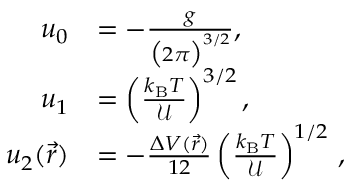
\begin{array} { r l } { u _ { 0 } } & { = - \frac { g } { \big ( 2 \pi \big ) ^ { 3 / 2 } } , } \\ { u _ { 1 } } & { = \left( \frac { k _ { \mathrm { B } } T } { { \mathcal U } } \right) ^ { 3 / 2 } , } \\ { u _ { 2 } ( \vec { r } ) } & { = - \frac { \Delta V ( \vec { r } ) } { 1 2 } \left( \frac { k _ { \mathrm { B } } T } { { \mathcal U } } \right) ^ { 1 / 2 } \, , } \end{array}